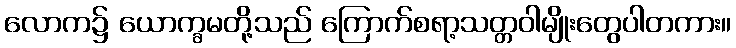
လောက၌ ယောက္ခမတို့သည် ကြောက်စရာ့သတ္တဝါမျိုးတွေပါတကား။